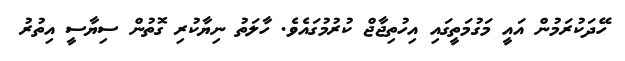
ހޭދަކުރަމުން އައީ މަގުމަތީގައި އިހުތިޖާޖް ކުރުމުގައެވެ. ހާލަތު ނިޔާކުރި ގޮތުން ސިޔާސީ އިތުރު